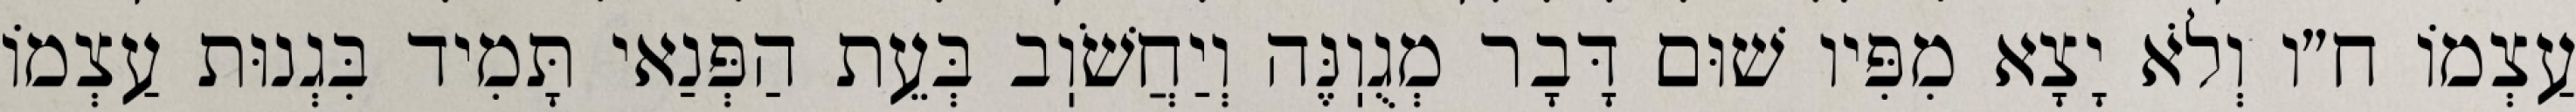
עַצְמוֹ ח״ו וְלֹא יָצָא מִפִּיו שׁוּם דָּבָר מְגֻוֽנֶּה וְיַחֲשֹׁוֽב בְּעֵת הַפְּנַאי תָּמִיד בִּגְנוּת עַצְמוֹ